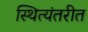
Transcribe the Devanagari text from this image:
स्थित्यंतरीत